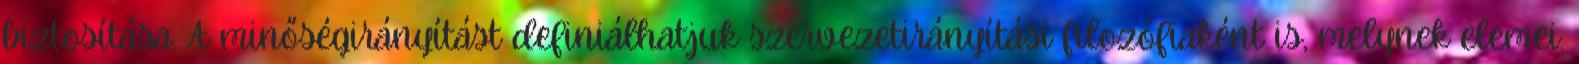
biztosítása. A minőségirányítást definiálhatjuk szervezetirányítási filozófiaként is, melynek elemei: